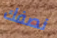
نصفك